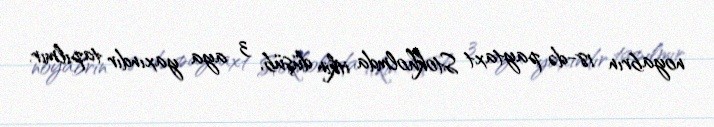
noyabrın 18-də paytaxt Stokholmda itkin düşüb, 3 aya yaxındır tapılmır.